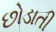
છોડાતી